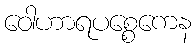
ဝေါဟာရပစ္စေကေန